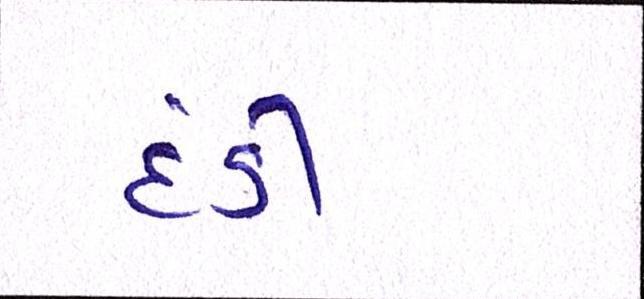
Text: દંડી